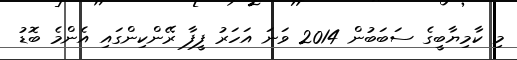
މި ކާމިޔާބީގެ ސަބަބުން 2014 ވަނަ އަހަރު ފީފާ ރޭންކިންގައި އެންމެ ބޮޑު